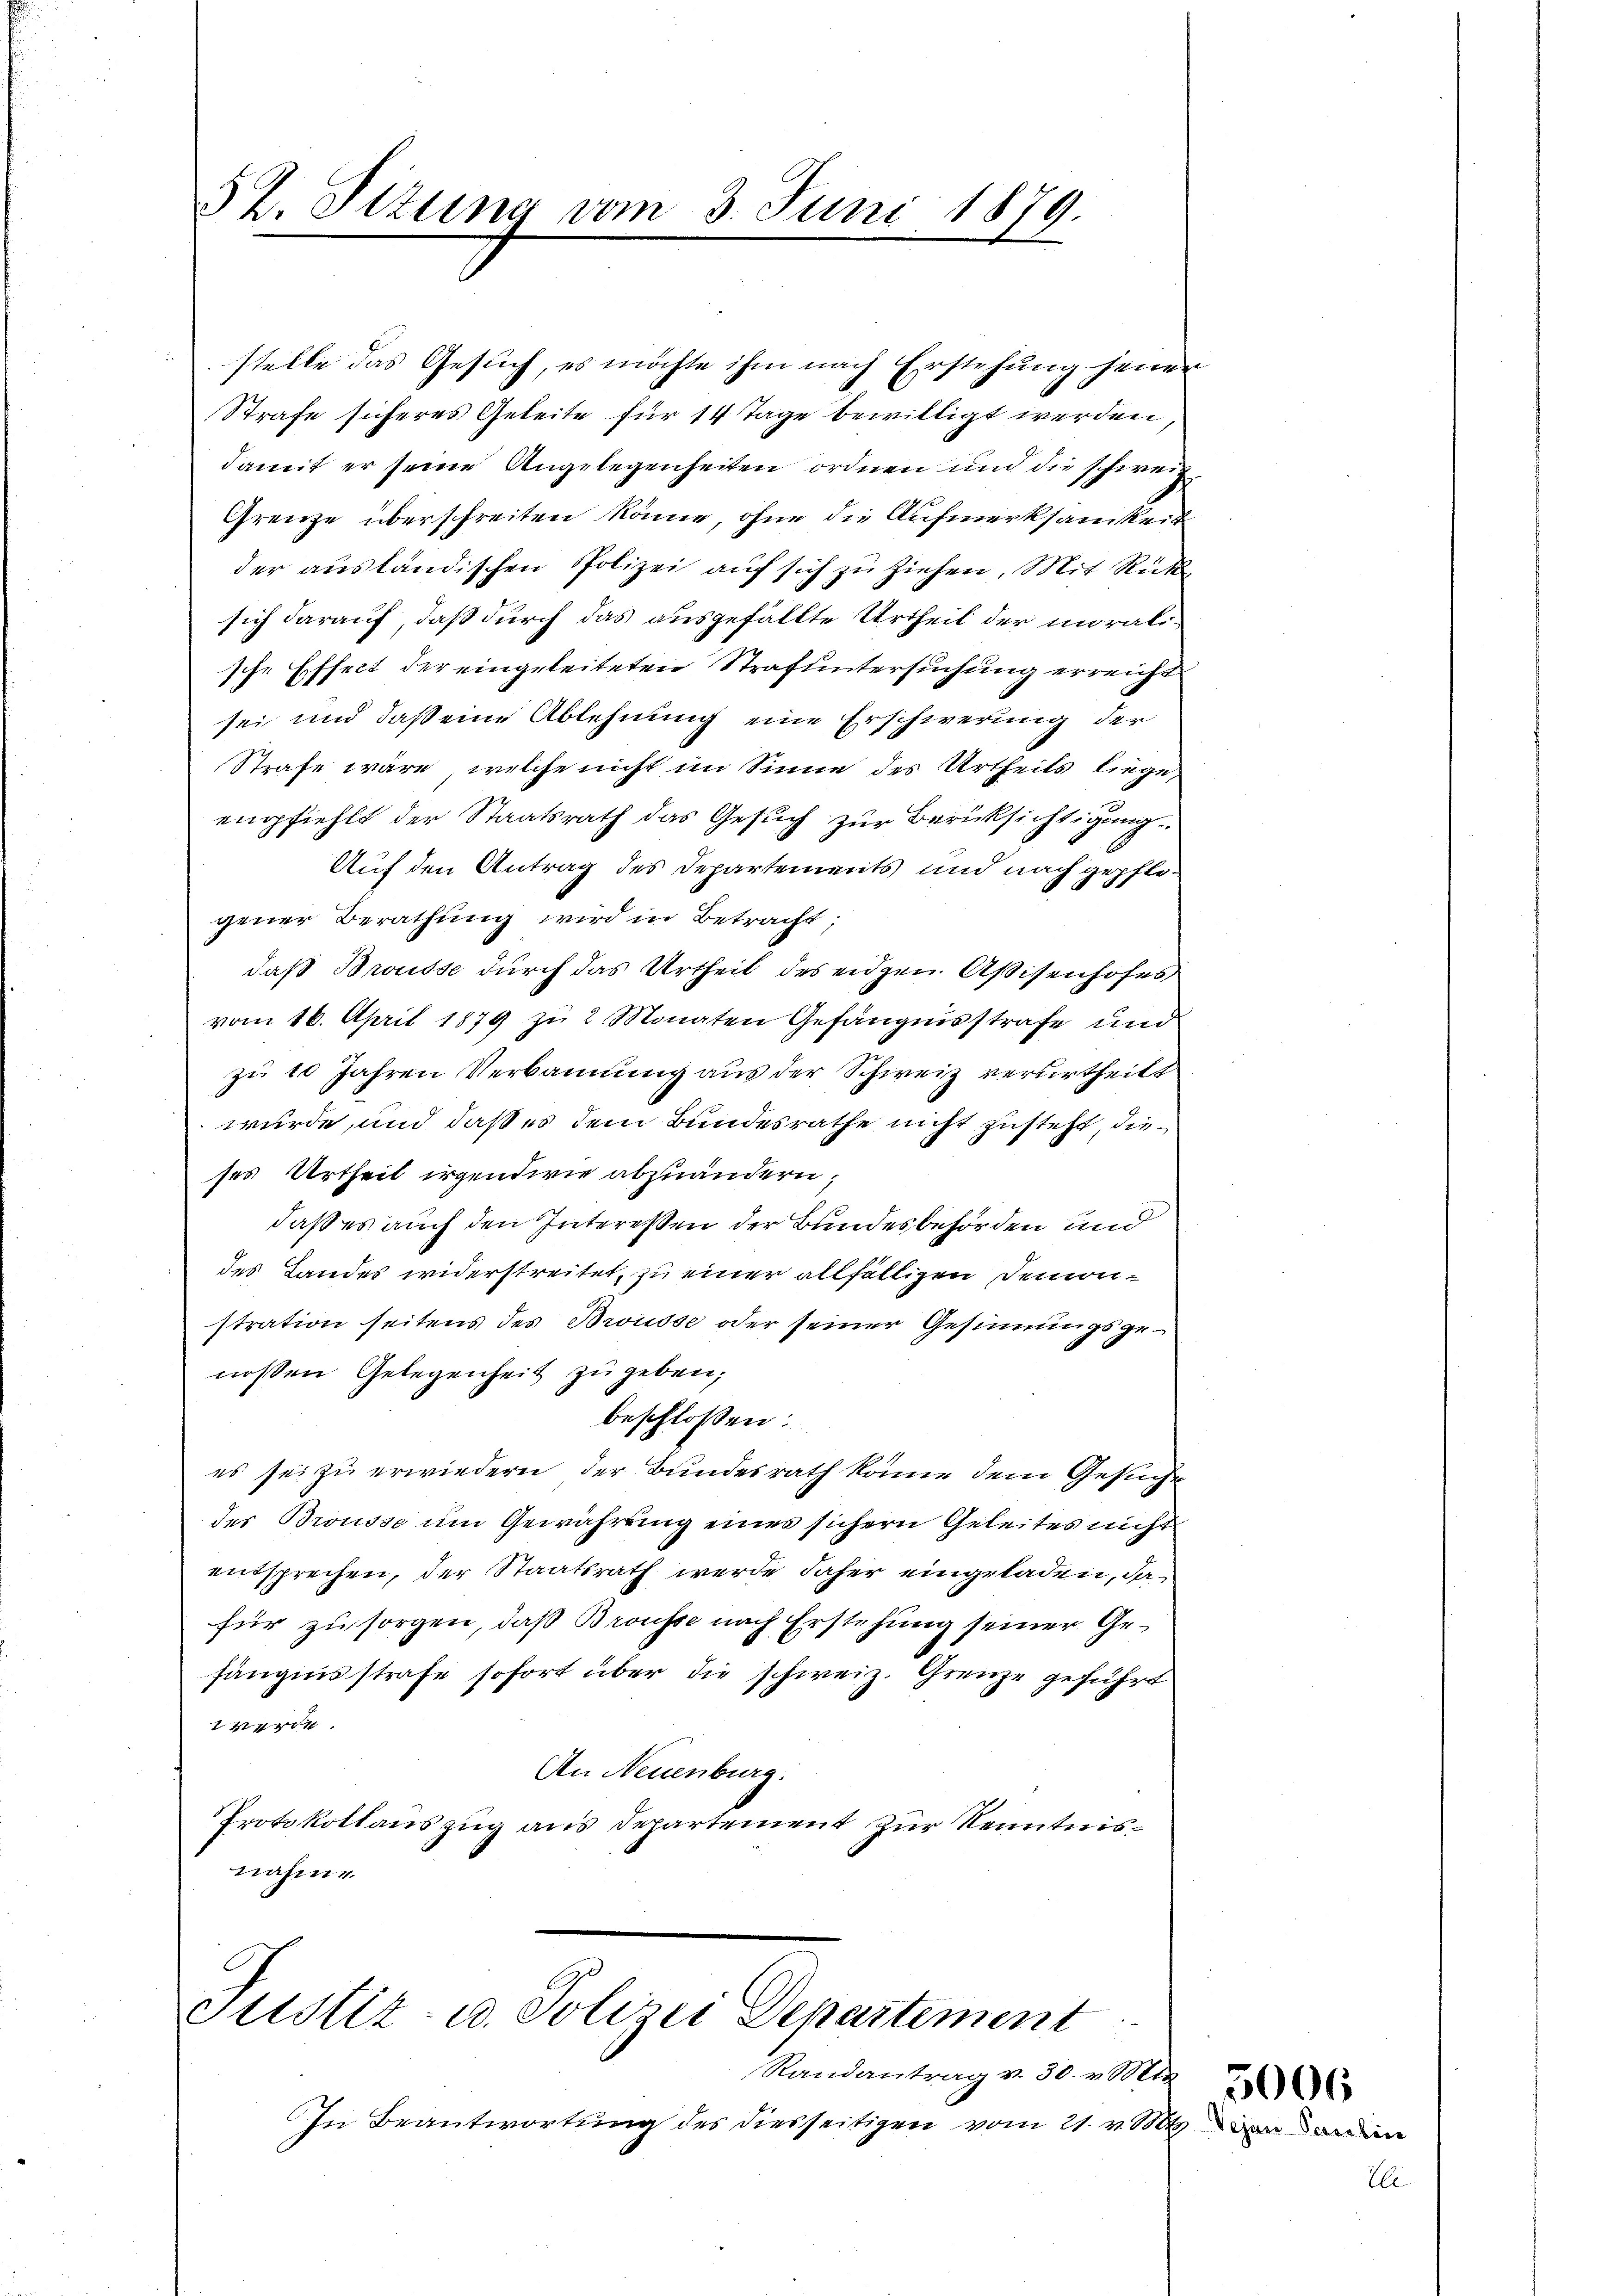
52. Sizung vom 3. Juni 1879.

stelle das Gesuch, es möchte ihm nach Erstehung jenen
Strafe sicheres Geleite für 14 Tage bewilligt werden,
damit er seine Angelegenheiten ordnen und die schweiz.
Grenze überschreiten könne, ohne die Aufmerksamkeit
der ausländischen Polizei aŭf sich zu ziehen. Mit Rück
sich darauf, daß durch das ausgefällte Urtheil der moralische Effect der eingeleiteten Strafuntersuchung erreicht
sei und daß eine Ablehnung eine Erschwerung der
Strafe wäre, welche nicht im Sinne des Urtheils liege,
empfiehlt der Staatsrath das Gesuch zur Berücksichtigung
Auf den Antrag des Departements und nach gepflogener Berathung wird in Betracht,
daß Brousse durch das Urtheil des eidgen Aßisenhofes
vom 16. April 1879 zu 2 Monaten Gefängnisstrafe und
zu 10 Jahren Verbannung aus der Schweiz verurtheilt
wurde, und daß es dem Bundesrathe nicht zusteht, dieses Urtheil irgendwie abzuändern,
daß es auch den Interessen der Bundesbehörden und
des Landes widerstreitet, zu einer allfälligen Demonstration seitens des Brousse oder seiner Gesinnungsgenossen Gelegenheit zu geben;
beschlossen:
es sei zu erwiedern der Bundesrath könne dem Gesuche
des Brousse um Gewährung eines sichern Geleites nicht
entsprechen, der Staatsrath werde daher eingeladen, da
für zu sorgen, daß Brousse nach Erstehung seiner Gesängensstrafe sofort über die schweiz. Grenze geführt
verde.
An Neuenburg.
Protokollauszug aus Departement zur Kenntnisnahme.

Justiz- u. Polizei Departement
Randantrag v. 30. v. Mts

In Beantwortung des diesseitigen vom 21. v. Mts. von ein

5006

Ele